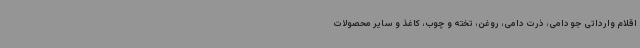
اقلام وارداتی جو دامی، ذرت دامی، روغن، تخته و چوب، کاغذ و سایر محصولات